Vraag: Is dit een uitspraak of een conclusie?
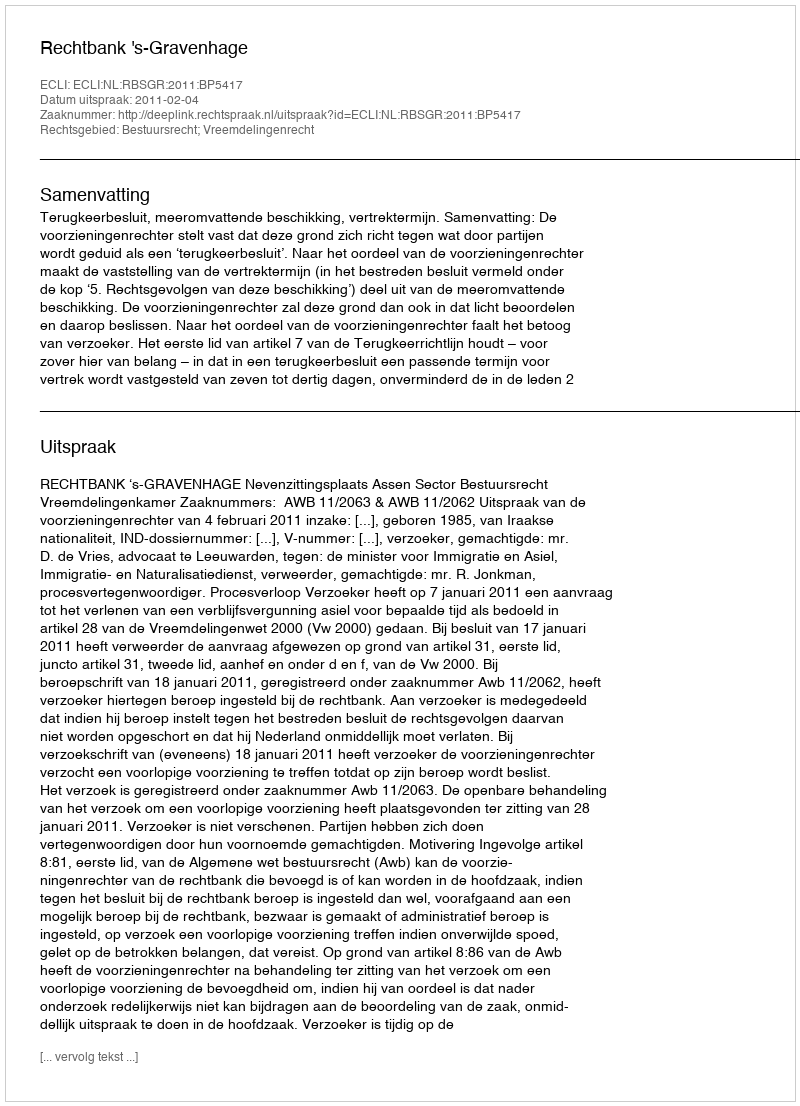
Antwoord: Uitspraak